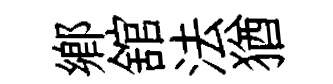
鄕舘法猶